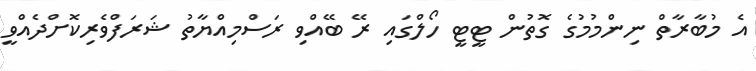
އެ މުބާރާތް ނިންމުމުގެ ގޮތުން ޓީޓީ ހޯލްގައި ރޭ ބޭއްވި ރަސްމިއްޔާތު ޝަރަފްވެރިކޮށްދެއްވީ